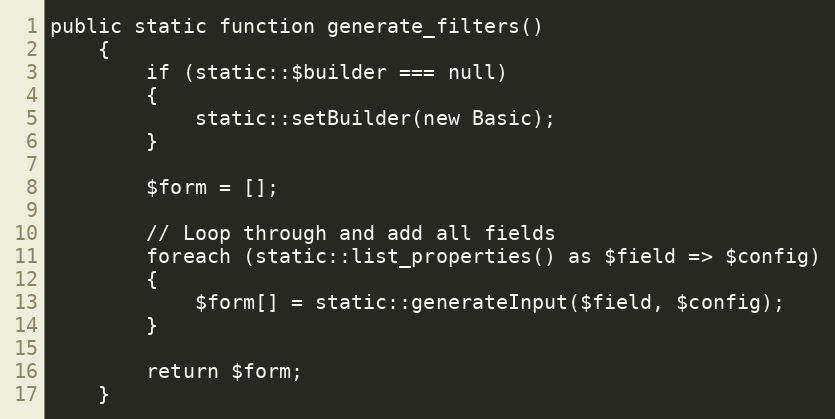
Language: PHP
public static function generate_filters()
	{
		if (static::$builder === null)
		{
			static::setBuilder(new Basic);
		}

		$form = [];

		// Loop through and add all fields
		foreach (static::list_properties() as $field => $config)
		{
			$form[] = static::generateInput($field, $config);
		}

		return $form;
	}